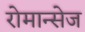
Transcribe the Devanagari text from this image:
रोमान्सेज